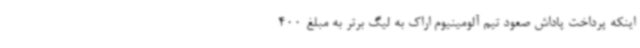
اینکه پرداخت پاداش صعود تیم آلومینیوم اراک به لیگ برتر به مبلغ 400